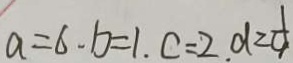
a = 6 . b = 1 . c = 2 . d \geqslant \frac { 1 } { 4 }